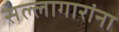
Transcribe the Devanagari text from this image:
सल्लागारांना